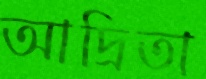
আদ্রিতা